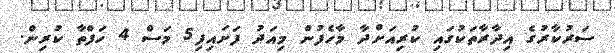
ސަރުކާރުގެ އިދާރާތަކުގައި ކުރިއަށްދާ މާހެފުން މިއަދު ފަށައިފި5 މަސް 4 ހަފްތާ ކުރިން.